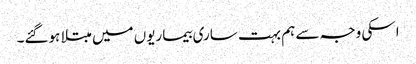
اسکی وجہ سے ہم بہت ساری بیماریوں میں مبتلا ہوگئے۔